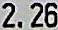
2.26